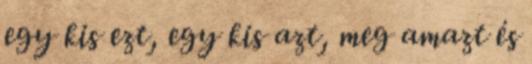
egy kis ezt, egy kis azt, meg amazt és